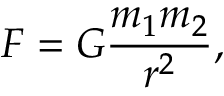
F = G \frac { m _ { 1 } m _ { 2 } } { r ^ { 2 } } ,